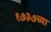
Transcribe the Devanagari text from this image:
१७३७च्या